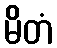
မိတံ